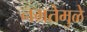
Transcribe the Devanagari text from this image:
नम्रतेमुळे